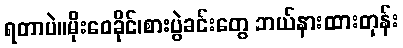
ရတာပဲ။မိုးဝေခိုင်၊စားပွဲခင်းတွေ ဘယ်နားထားတုန်း